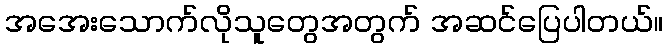
အအေးသောက်လိုသူတွေအတွက် အဆင်ပြေပါတယ်။